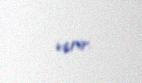
verir.